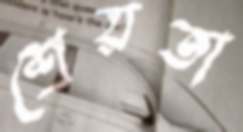
শ্রেয়তা